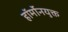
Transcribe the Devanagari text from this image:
हॉर्मोनयुक्त